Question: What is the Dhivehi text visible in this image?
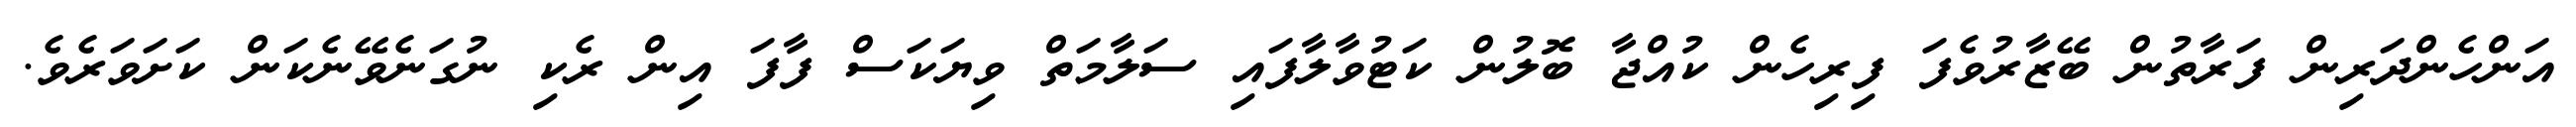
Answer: އަންހެންދަރިން ފަރާތުން ބޭޒާރުވެފަ ފިރިހެން ކުއްޖާ ބޮލުން ކަޓުވާލާފައި ސަލާމަތް ވިޔަކަސް ފާފަ އިން ރެކި ނުގަނެވޭނެކަން ކަށަވަރެވެ.